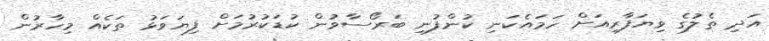
އަދި ތެލުގެ ވިޔަފާރިއަށް ހަމައެކަނި ކުންފުނި ބަރޯސާވުން ކުޑަކުރުމަށް ފިޔަވަޅު ތަކެއް މިހާރުން